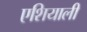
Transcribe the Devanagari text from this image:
एशियाली